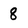
Character: 8